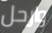
وارحل